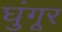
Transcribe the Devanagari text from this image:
घुंगूर